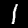
Digit: 1